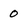
Character: 0